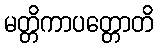
မတ္တိကာပတ္တောတိ